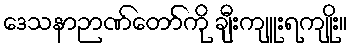
ဒေသနာဉာဏ်တော်ကို ချီးကျူးရကျိုး။